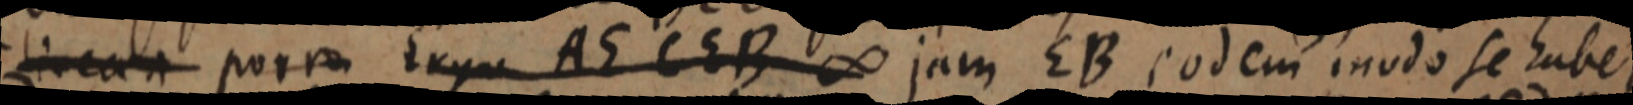
linea A porro Ergo AE CEB ∞ jam EB eodem modo se habet